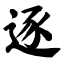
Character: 逐